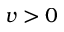
v > 0